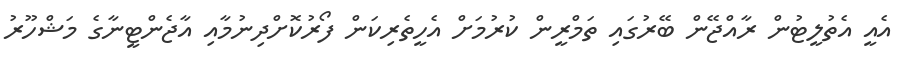
އެއީ އެތުލީޓުން ރާއްޖޭން ބޭރުގައި ތަމްރީން ކުރުމަށް އެހީތެރިކަން ފޯރުކޮށްދިނުމާއި އާޖެންޓީނާގެ މަޝްހޫރު